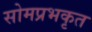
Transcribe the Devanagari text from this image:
सोमप्रभकृत